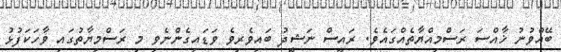
ބޭއްވުނު ޚާއްސަ ރަސްމިއްޔާތެއްގައެވެ. ރައީސް ނަޝީދު ބައިވެރިވެ ވަޑައިގެންނެވި މި ރަސްމިޔާތުގައި ވާހަކަފުޅު